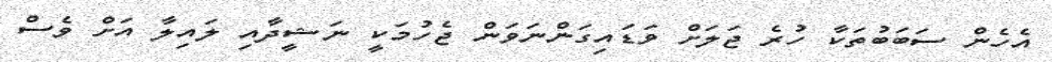
އެހެން ސަބަބުތަކާ ހުރެ ޖަލަށް ވަޑައިގަންނަވަން ޖެހުމަކީ ނަޝީދާއި ލައިލާ އަށް ވެސް